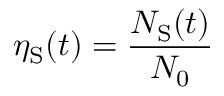
\eta _ { \mathrm { S } } ( t ) = \frac { N _ { \mathrm { S } } ( t ) } { N _ { 0 } }